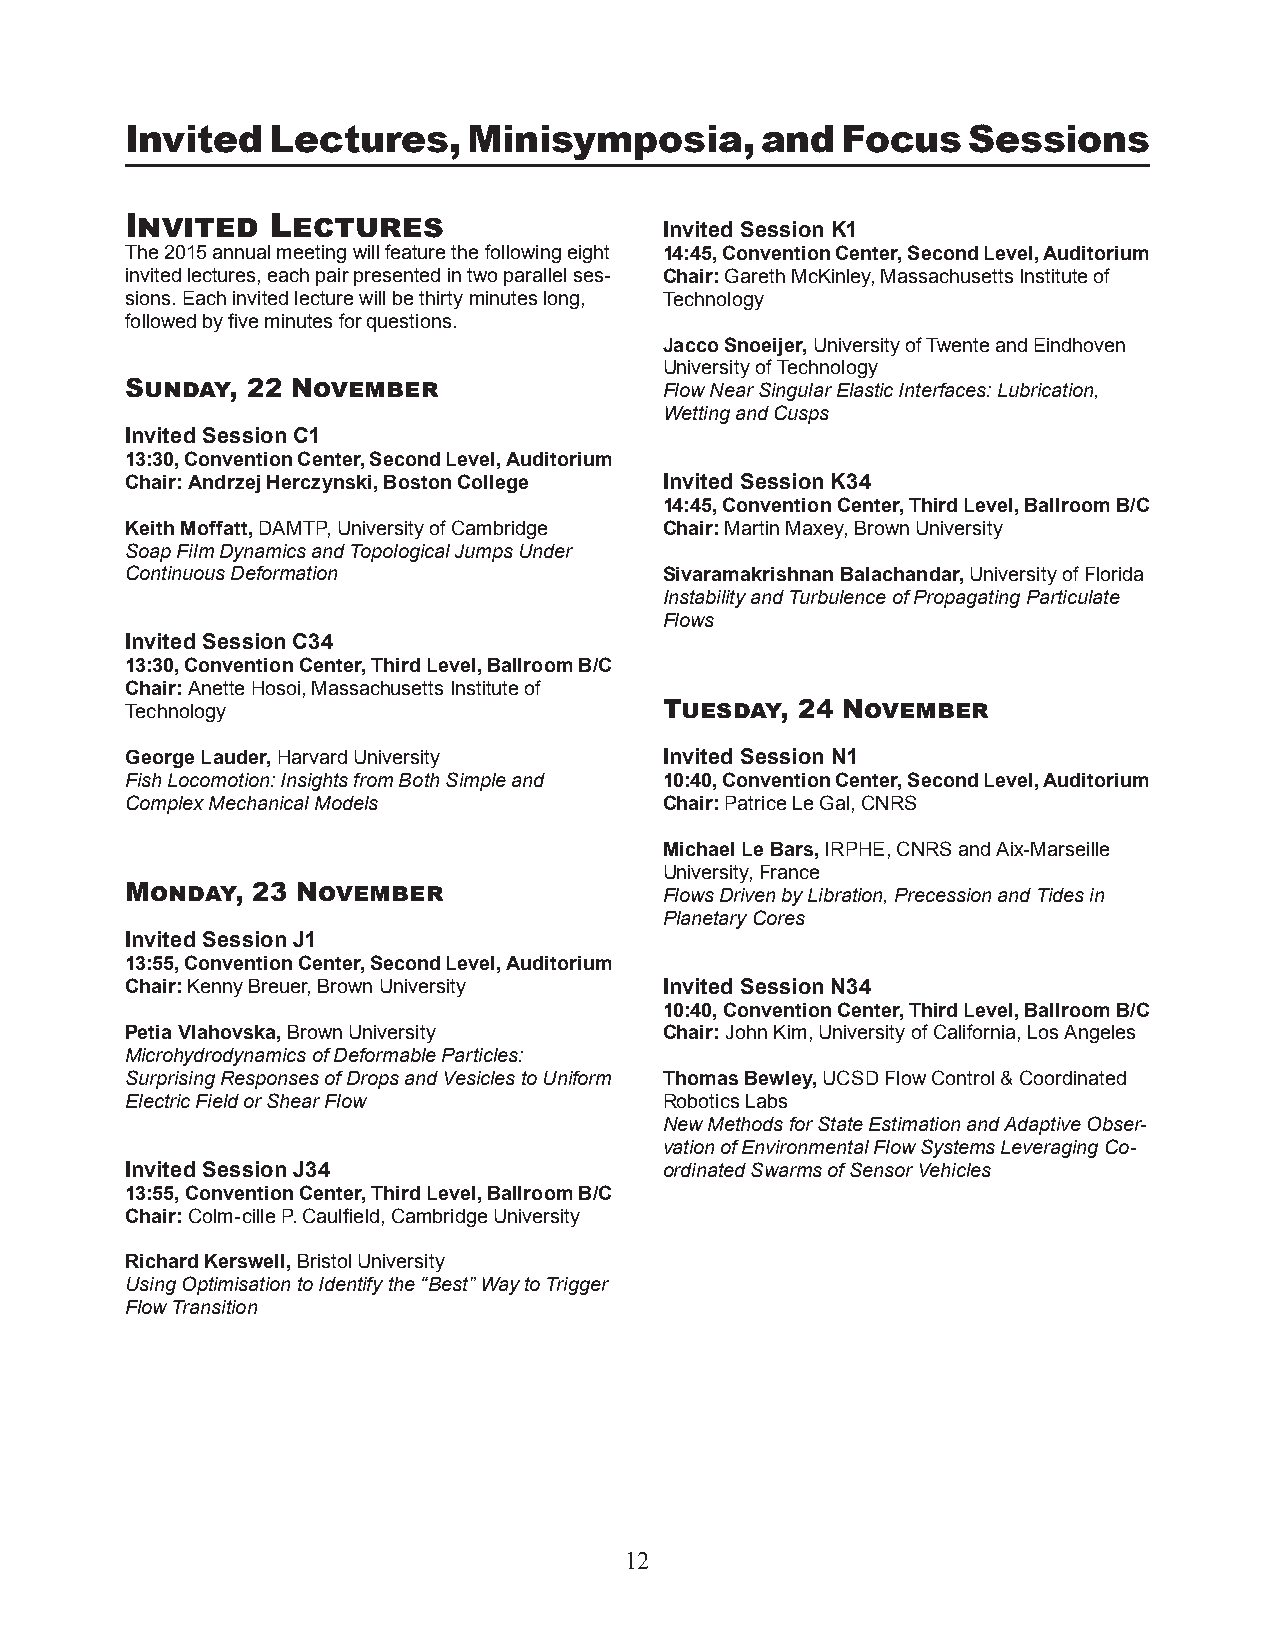
Invited   Lectures,    Minisymposia,      and   Focus   Sessions
 Invited   Lectures
 Invited Session K1
 The 2015 annual meeting will feature the following eight 14:45, Convention Center, Second Level, Auditorium
 invited lectures, each pair presented in two parallel ses- Chair: Gareth McKinley, Massachusetts Institute of
 sions. Each invited lecture will be thirty minutes long, Technology
 followed by five minutes for questions.
 Jacco Snoeijer, University of Twente and Eindhoven
 University of Technology
 Sunday, 22 November                 Flow Near Singular Elastic Interfaces: Lubrication,
 Wetting and Cusps
 Invited Session C1
 13:30, Convention Center, Second Level, Auditorium
 Chair: Andrzej Herczynski, Boston College Invited Session K34
 14:45, Convention Center, Third Level, Ballroom B/C
 Keith Moffatt, DAMTP, University of Cambridge Chair: Martin Maxey, Brown University
 Soap Film Dynamics and Topological Jumps Under
 Continuous Deformation              Sivaramakrishnan Balachandar, University of Florida
 Instability and Turbulence of Propagating Particulate
 Flows
 Invited Session C34
 13:30, Convention Center, Third Level, Ballroom B/C
 Chair: Anette Hosoi, Massachusetts Institute of
 Technology                          Tuesday, 24 November
 George Lauder, Harvard University   Invited Session N1
 Fish Locomotion: Insights from Both Simple and 10:40, Convention Center, Second Level, Auditorium
 Complex Mechanical Models           Chair: Patrice Le Gal, CNRS
 Michael Le Bars, IRPHE, CNRS and Aix-Marseille
 University, France
 Monday,  23 November                Flows Driven by Libration, Precession and Tides in
 Planetary Cores
 Invited Session J1
 13:55, Convention Center, Second Level, Auditorium
 Chair: Kenny Breuer, Brown University Invited Session N34
 10:40, Convention Center, Third Level, Ballroom B/C
 Petia Vlahovska, Brown University   Chair: John Kim, University of California, Los Angeles
 Microhydrodynamics of Deformable Particles:
 Surprising Responses of Drops and Vesicles to Uniform Thomas Bewley, UCSD Flow Control & Coordinated
 Electric Field or Shear Flow        Robotics Labs
 New Methods for State Estimation and Adaptive Obser-
 vation of Environmental Flow Systems Leveraging Co-
 Invited Session J34                 ordinated Swarms of Sensor Vehicles
 13:55, Convention Center, Third Level, Ballroom B/C
 Chair: Colm-cille P. Caulfield, Cambridge University
 Richard Kerswell, Bristol University
 Using Optimisation to Identify the “Best” Way to Trigger
 Flow Transition
 12